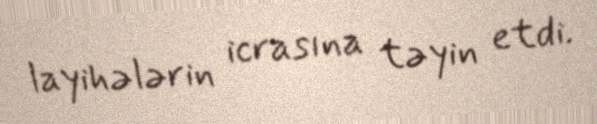
layihələrin icrasına təyin etdi.